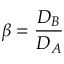
\beta = \frac { D _ { B } } { D _ { A } }